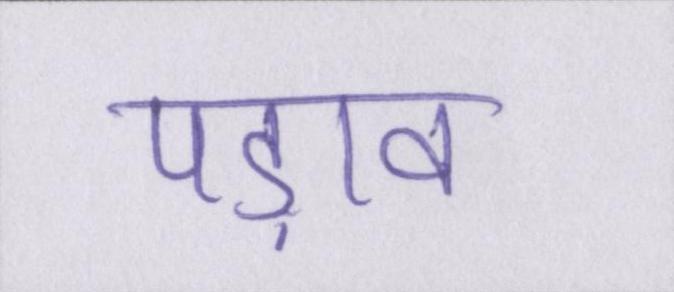
पड़ाव